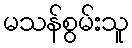
မသန်စွမ်းသူ